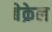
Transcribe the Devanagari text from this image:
बेक्रेल